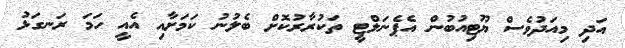
އަދި މިއަދުވެސް ޔޫޓިއުބުން އެޕެނަލްޓީ ތަކުރާރުކޮށް ބެލުނު ކަމަށާއި އެއީ ހަމަ ރަނގަޅު